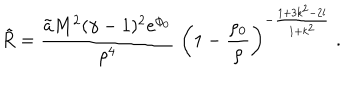
\tilde { R } = \frac { \tilde { a } M ^ { 2 } ( \gamma - 1 ) ^ { 2 } e ^ { \phi _ { 0 } } } { \rho ^ { 4 } } \; \left( 1 - \frac { \rho _ { 0 } } { \rho } \right) ^ { - \frac { 1 + 3 k ^ { 2 } - 2 l } { 1 + k ^ { 2 } } } \; .